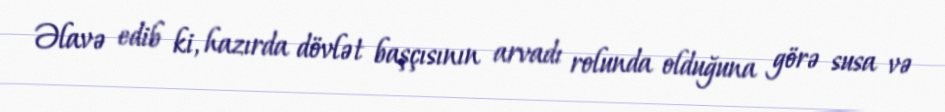
Əlavə edib ki, hazırda dövlət başçısının arvadı rolunda olduğuna görə susa və